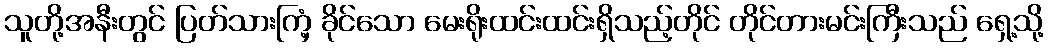
သူတို့အနီးတွင် ပြတ်သားကြံ့ ခိုင်သော မေးရိုးထင်းထင်းရှိသည့်တိုင် တိုင်တားမင်းကြီးသည် ရှေ့သို့